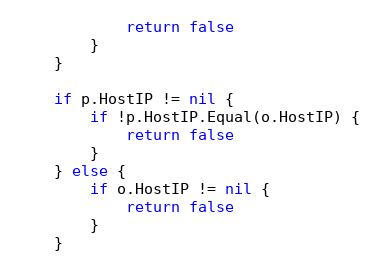
Language: Go
			return false
		}
	}

	if p.HostIP != nil {
		if !p.HostIP.Equal(o.HostIP) {
			return false
		}
	} else {
		if o.HostIP != nil {
			return false
		}
	}